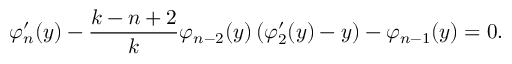
\varphi _ { n } ^ { \prime } ( y ) - \frac { k - n + 2 } { k } \varphi _ { n - 2 } ( y ) \left( \varphi _ { 2 } ^ { \prime } ( y ) - y \right) - \varphi _ { n - 1 } ( y ) = 0 .